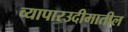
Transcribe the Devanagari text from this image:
व्यापारउदीमातील